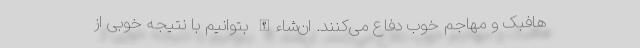
هافبک و مهاجم خوب دفاع می‌کنند. ان‌شاءالله بتوانیم با نتیجه خوبی از